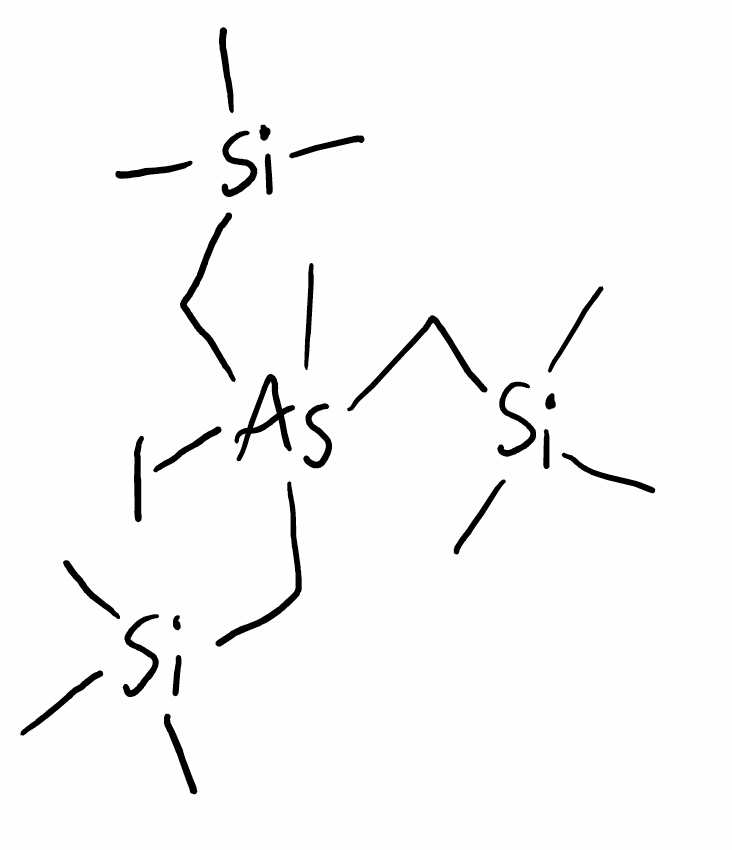
Simplified molecular-input line-entry system (SMILES) notation of the given molecule:
C[Si](C)(C)C[As](C)(C[Si](C)(C)C)(C[Si](C)(C)C)I